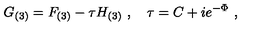
G _ { ( 3 ) } = F _ { ( 3 ) } - \tau H _ { ( 3 ) } \ , \quad \tau = C + i e ^ { - \Phi } \ ,